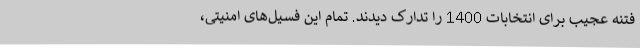
فتنه عجیب برای انتخابات 1400 را تدارک دیدند. تمام این فسیل‌های امنیتی،